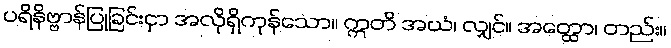
ပရိနိဗ္ဗာန်ပြုခြင်းငှာ အလိုရှိကုန်သော။ ဣတိ အယံ၊ လျှင်။ အတ္ထော၊ တည်း။